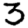
Digit: 3